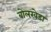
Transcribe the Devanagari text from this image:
बोलखेडा